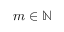
m \in \mathbb { N }